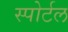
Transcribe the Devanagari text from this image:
स्पोर्टल